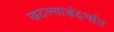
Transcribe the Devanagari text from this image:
खटल्यासंदर्भात